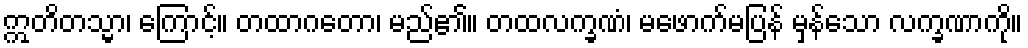
ဣတိတသ္မာ၊ ကြောင့်။ တထာဂတော၊ မည်၏။ တထလက္ခဏံ၊ မဖောက်မပြန် မှန်သော လက္ခဏာကို။